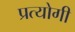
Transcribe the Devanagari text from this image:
प्रत्योगी